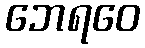
ဘေရဝေ